画像に写った文字を読んでください
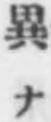
「異ナ」と書いてあります